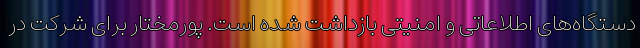
دستگاه‌های اطلاعاتی و امنیتی بازداشت شده است. پورمختار برای شرکت در